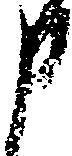
申